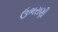
ઉભરાણી